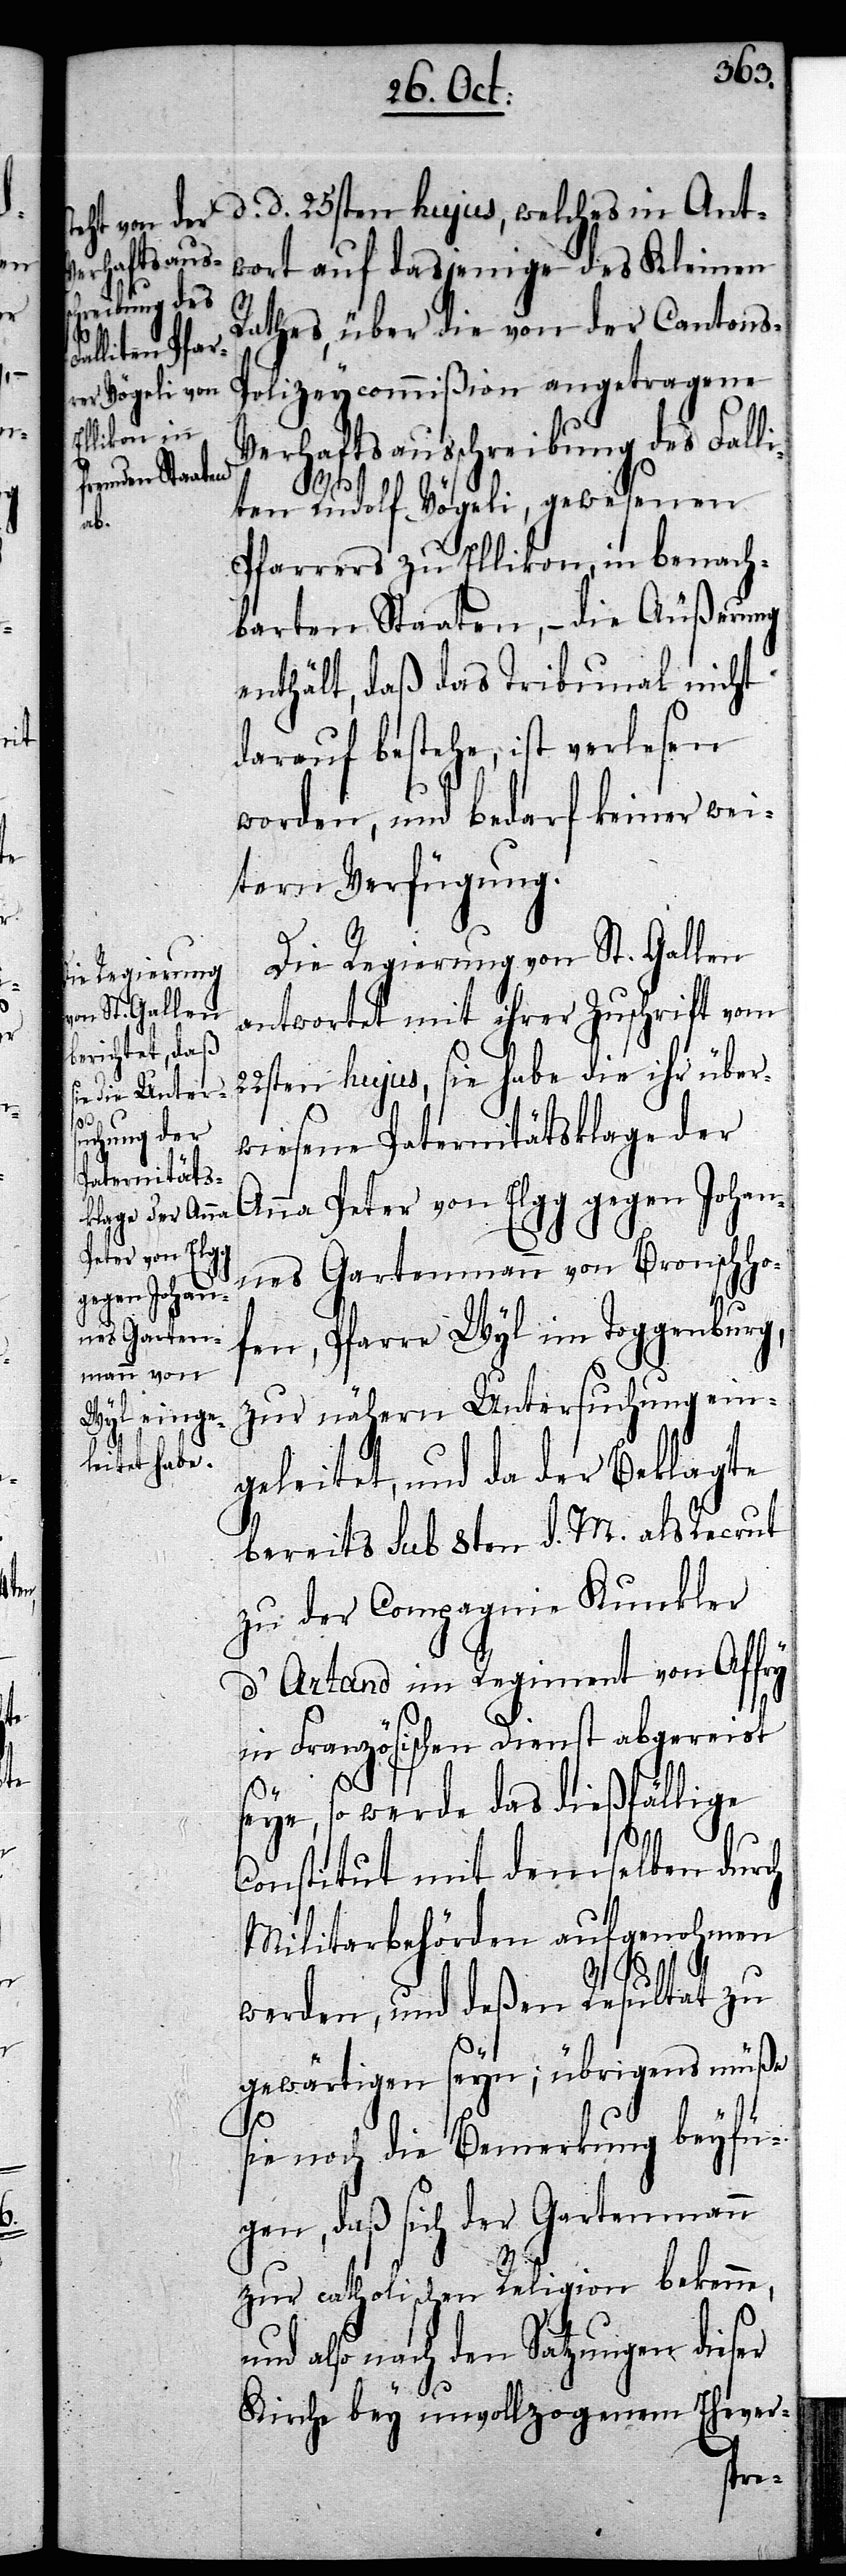
Verhaftsaus¬

d. d. 25sten hujus, welches in Ant¬
wort auf dasjenige des Kleinen
Rathes, über die von der Cantons-P¬
olizeycommißion angetragene
schreibung des Fall¬
iten Rudolf Vögeli, gewesenen
Pfarrers zu Ellikon, in benach¬
barten Staaten, – die Äußerung
enthält, daß das Tribunal nicht
darauf bestehe, ist verlesen
worden, und bedarf keiner wei¬
tern Verfügung.
Die Regierung von St. Gallen
antwortet mit ihrer Zuschrift vom
22sten hujus, sie habe die ihr über¬
wiesene Paternitätsklage der
Anna Peter von Elgg gegen Johan¬
nes Gartenmann von Bronschho¬
fen, Pfarre Wyl im Toggenburg,
zur nähern Untersuchung ein¬
geleitet, und da der Beklagte
bereits sub 8ten d. M. als Recrut
zu der Compagnie Kunkler
d’Artand im Regiment Affry
in Französischen Dienst abgereist
seye, so werde das dießfällige
Constitut mit demselben durch
Militarbehörden aufgenohmen
werden, und deßen Resultat zu
gewärtigen seyn; übrigens müße
sie noch die Bemerkung beyfü¬
gen, daß sich der Gartenmann
zur catholischen Religion bekenne,
also nach den Satzungen dieser
Kirche bey unvollzogenem Ehever-